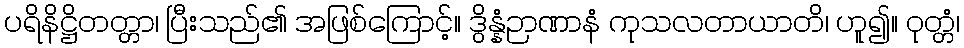
ပရိနိဋ္ဌိတတ္တာ၊ ပြီးသည်၏ အဖြစ်ကြောင့်။ ဒွိန္နံဉာဏာနံ ကုသလတာယာတိ၊ ဟူ၍။ ဝုတ္တံ၊